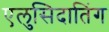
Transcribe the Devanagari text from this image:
एलुसिदातिंग